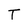
Character: T